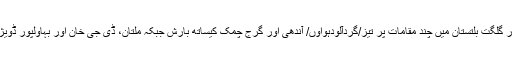
خیبرپختونخوا، فیصل آباد، سرگودھا ڈویژن اور گلگت بلتستان میں چند مقامات پر تیز/گردآلودہواوٗں/ آندھی اور گرج چمک کیساتھ بارش جبکہ ملتان، ڈی جی خان اور بہاولپور ڈویژن میں گردآلودہوائیں چلنے کا بھی امکان ہے۔